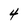
Character: 4